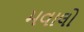
મવાલો